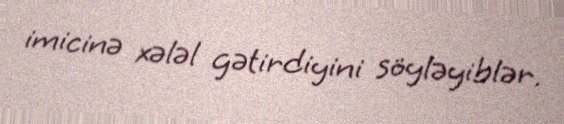
imicinə xələl gətirdiyini söyləyiblər.